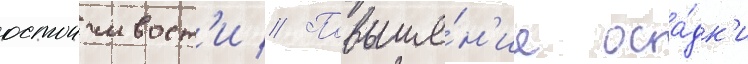
остоичивост'и // Повыше́н'ие оса́дк'и